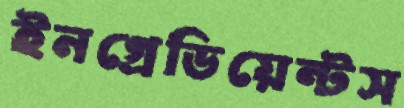
ইনগ্রেডিয়েন্টস